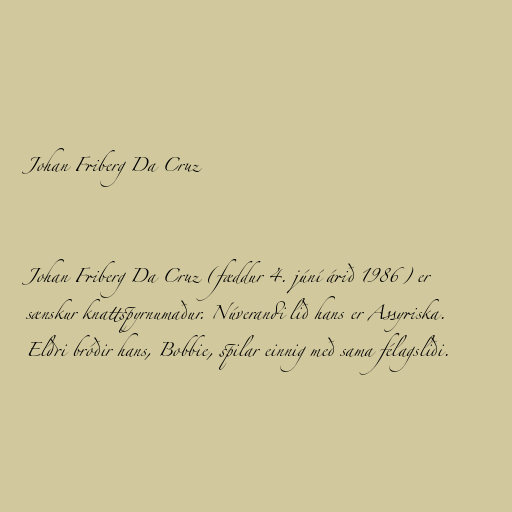
Johan Friberg Da Cruz

Johan Friberg Da Cruz (fæddur 4. júní árið 1986) er
sænskur knattspyrnumaður. Núverandi lið hans er Assyriska.
Eldri bróðir hans, Bobbie, spilar einnig með sama félagsliði.